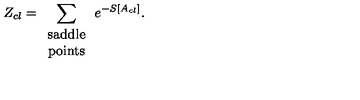
Z _ { c l } = \sum _ { \begin{array} { c } { \mathrm { \scriptsize s a d d l e } } \\ { \mathrm { \scriptsize p o i n t s } } \\ \end{array} } e ^ { - S [ A _ { c l } ] } .